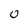
Character: 0